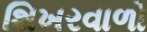
શિખરવાળો